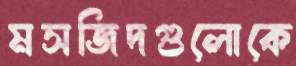
মসজিদগুলোকে